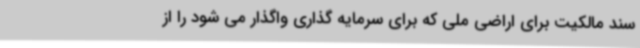
سند مالکیت برای اراضی ملی که برای سرمایه گذاری واگذار می شود را از